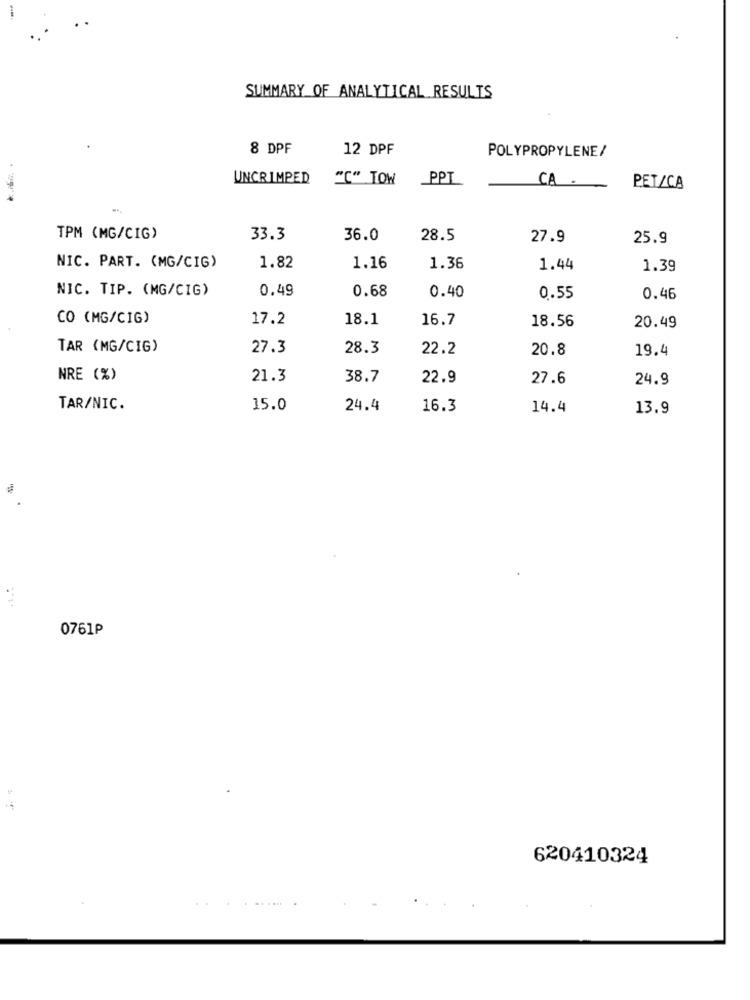
SUMMARY OF ANALYTICAL RESULTS
8 DPF
12 DPF
POLYPROPYLENE/
UNCRIMPED
"I" TOW
PPT
CA .
PET/CA
TPM (MG/CIG)
33.3
36.0
28.5
27.9
25.9
NIC. PART. (MG/CIG)
1.82
1.16
1.36
1.44
1.39
NIC. TIP. (MG/CIG)
0.49
0.68
0.40
0.55
0.46
CO (MG/CIG)
17.2
18.1
16.7
18.56
20.49
TAR (MG/CIG)
27.3
28.3
22.2
20.8
19.4
NRE (%)
21.3
38.7
22.9
27.6
24.9
TAR/NIC.
15.0
24.4
16.3
14.4
13.9
0761P
620410324